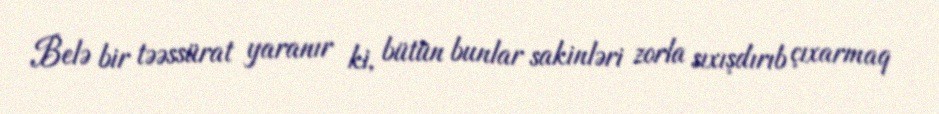
Belə bir təəssürat yaranır ki, bütün bunlar sakinləri zorla sıxışdırıb çıxarmaq